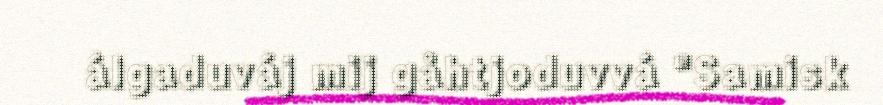
álgaduváj mij gåhtjoduvvá "Samisk